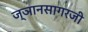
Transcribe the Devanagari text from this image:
ज्ञानसागरजी